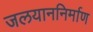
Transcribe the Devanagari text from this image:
जलयाननिर्माण